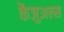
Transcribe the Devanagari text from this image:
कैजुअल्स